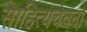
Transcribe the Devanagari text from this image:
साहित्यचेतना